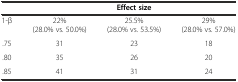
<table><thead><tr><td></td><td colspan="3"><b>Effect size</b></td></tr></thead><tbody><tr><td>1-β</td><td>22% (28.0% vs. 50.0%)</td><td>25.5% (28.0% vs. 53.5%)</td><td>29% (28.0% vs. 57.0%)</td></tr><tr><td>.75</td><td>31</td><td>23</td><td>18</td></tr><tr><td>.80</td><td>35</td><td>26</td><td>20</td></tr><tr><td>.85</td><td>41</td><td>31</td><td>24</td></tr></tbody></table>